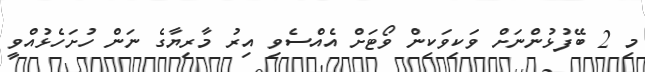
މި 2 ބޭފުޅުންނަށް ވަކިވަކިން ވޯޓަށް އެއްސެވި އިރު މާރިޔާގެ ނަން ހުށަހެޅުއްވީ